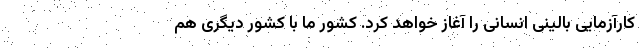
کارآزمایی بالینی انسانی را آغاز خواهد کرد. کشور ما با کشور دیگری هم